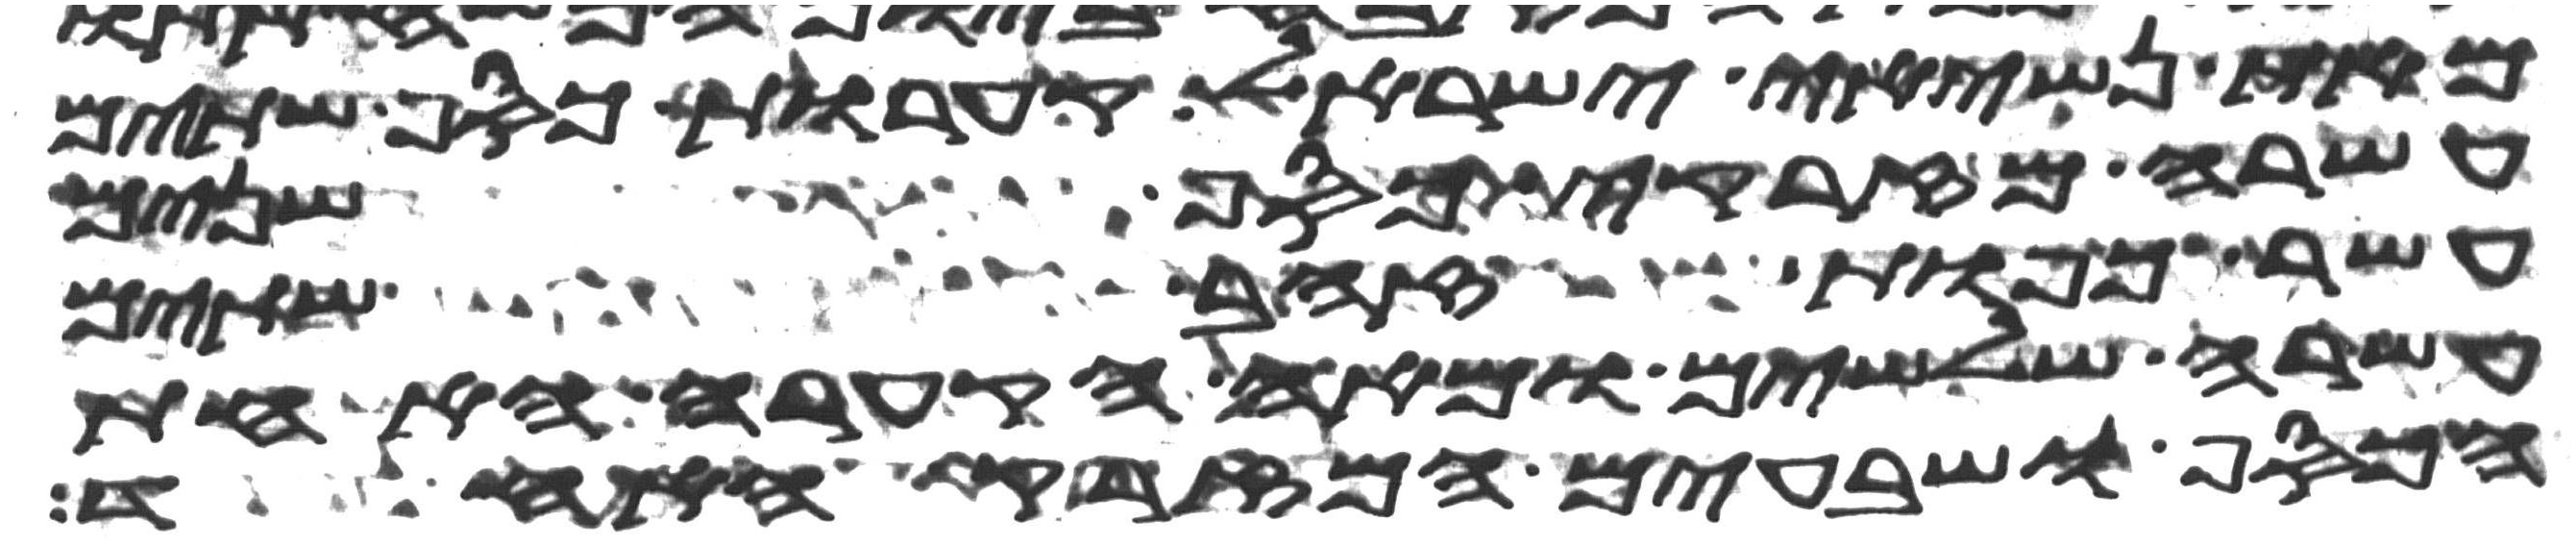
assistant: מאת נשיאי ישראל קערות כסף שתים
עשרה מזרקי כסף שנים
עשר כפות זהב שתים
עשרה שלשים ומאה הקערה האחת
הכסף ושבעים המזרק האחד